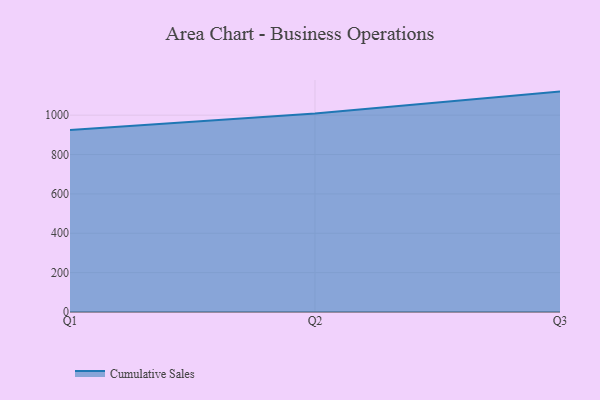
{"axis": {"x": "Quarter", "y": "Market Share (%)"}, "legend": ["Cumulative Sales"], "data": [{"x": "Q1", "y": 925.0, "type": "Cumulative Sales"}, {"x": "Q2", "y": 1008.1, "type": "Cumulative Sales"}, {"x": "Q3", "y": 1119.8, "type": "Cumulative Sales"}]}